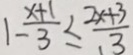
1 - \frac { x + 1 } { 3 } \leq \frac { 2 x + 3 } { 3 }